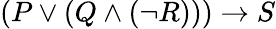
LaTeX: (P\vee(Q\wedge(\neg R)))\rightarrow S